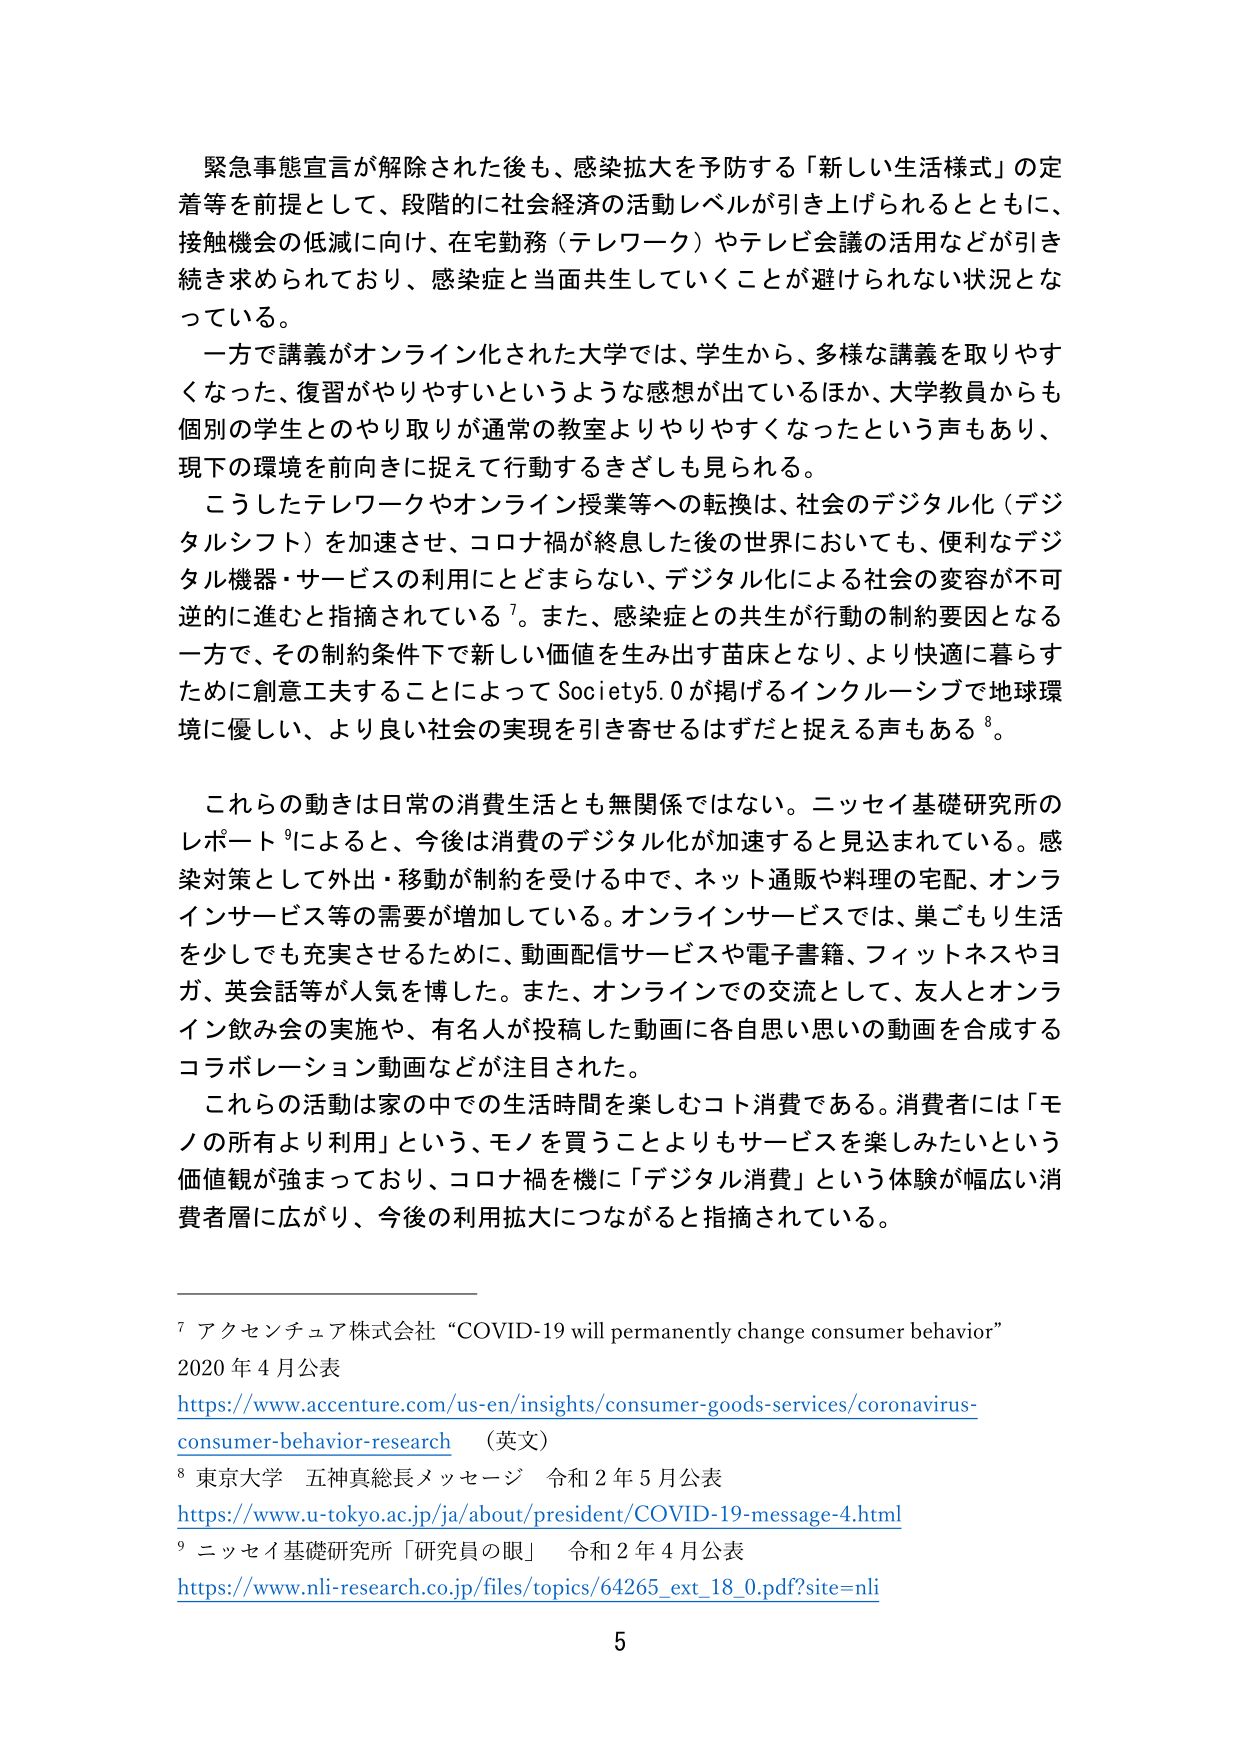
緊急事態宣言が解除された後も、感染拡大を予防する「新しい生活様式」の定着等を前提として、段階的に社会経済の活動レベルが引き上げられるとともに、接触機会の低減に向け、在宅勤務（テレワーク）やテレビ会議の活用などが引き続き求められており、感染症と当面共生していくことが避けられない状況となっている。

一方で講義がオンライン化された大学では、学生から、多様な講義を取りやすくなった、復習がやりやすいというような感想が出ているほか、大学教員からも個別の学生とのやり取りが通常の教室よりやりやすくなったという声もあり、現下の環境を前向きに捉えて行動するきざしも見られる。

こうしたテレワークやオンライン授業等への転換は、社会のデジタル化（デジタルシフト）を加速させ、コロナ禍が終息した後の世界においても、便利なデジタル機器・サービスの利用にとどまらない、デジタル化による社会の変容が不可逆的に進むと指摘されている⁷。また、感染症との共生が行動の制約要因となる一方で、その制約条件下で新しい価値を生み出す苗床となり、より快適に暮らすために創意工夫することによって Society5.0 が掲げるインクルーシブで地球環境に優しい、より良い社会の実現を引き寄せるはずだと捉える声もある⁸。

これらの動きは日常の消費生活とも無関係ではない。ニッセイ基礎研究所のレポート⁹によると、今後は消費のデジタル化が加速すると見込まれている。感染対策として外出・移動が制約を受ける中で、ネット通販や料理の宅配、オンラインサービス等の需要が増加している。オンラインサービスでは、巣ごもり生活を少しでも充実させるために、動画配信サービスや電子書籍、フィットネスやヨガ、英会話等が人気を博した。また、オンラインでの交流として、友人とオンライン飲み会の実施や、有名人が投稿した動画に各自思い思いの動画を合成するコラボレーション動画などが注目された。

これらの活動は家の中での生活時間を楽しむコト消費である。消費者には「モノの所有より利用」という、モノを買うことよりもサービスを楽しみたいという価値観が強まっており、コロナ禍を機に「デジタル消費」という体験が幅広い消費者層に広がり、今後の利用拡大につながると指摘されている。

⁷ アクセンチュア株式会社 “COVID-19 will permanently change consumer behavior” 2020 年 4 月公表
https://www.accenture.com/us-en/insights/consumer-goods-services/coronavirus-consumer-behavior-research （英文）
⁸ 東京大学 五神真総長メッセージ 令和 2 年 5 月公表
https://www.u-tokyo.ac.jp/ja/about/president/COVID-19-message-4.html
⁹ ニッセイ基礎研究所「研究員の眼」 令和 2 年 4 月公表
https://www.nli-research.co.jp/files/topics/64265_ext_18_0.pdf?site=nli

5